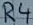
Text: R4